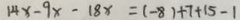
1 4 x - 9 x - 1 8 x = ( - 8 ) + 7 + 1 5 - 1